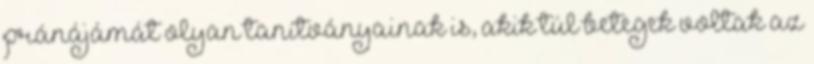
pránájámát olyan tanítványainak is, akik túl betegek voltak az